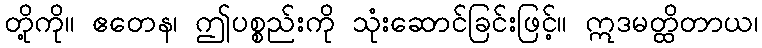
တို့ကို။ ဧတေန၊ ဤပစ္စည်းကို သုံးဆောင်ခြင်းဖြင့်။ ဣဒမတ္ထိတာယ၊